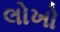
લોખો